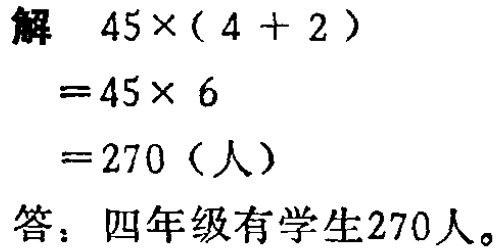
解

\[

\begin{align*}

45\times(4 + 2)&=45\times 6\\

&=270 \text{（人）}

\end{align*}

\]

答：四年级有学生270人。